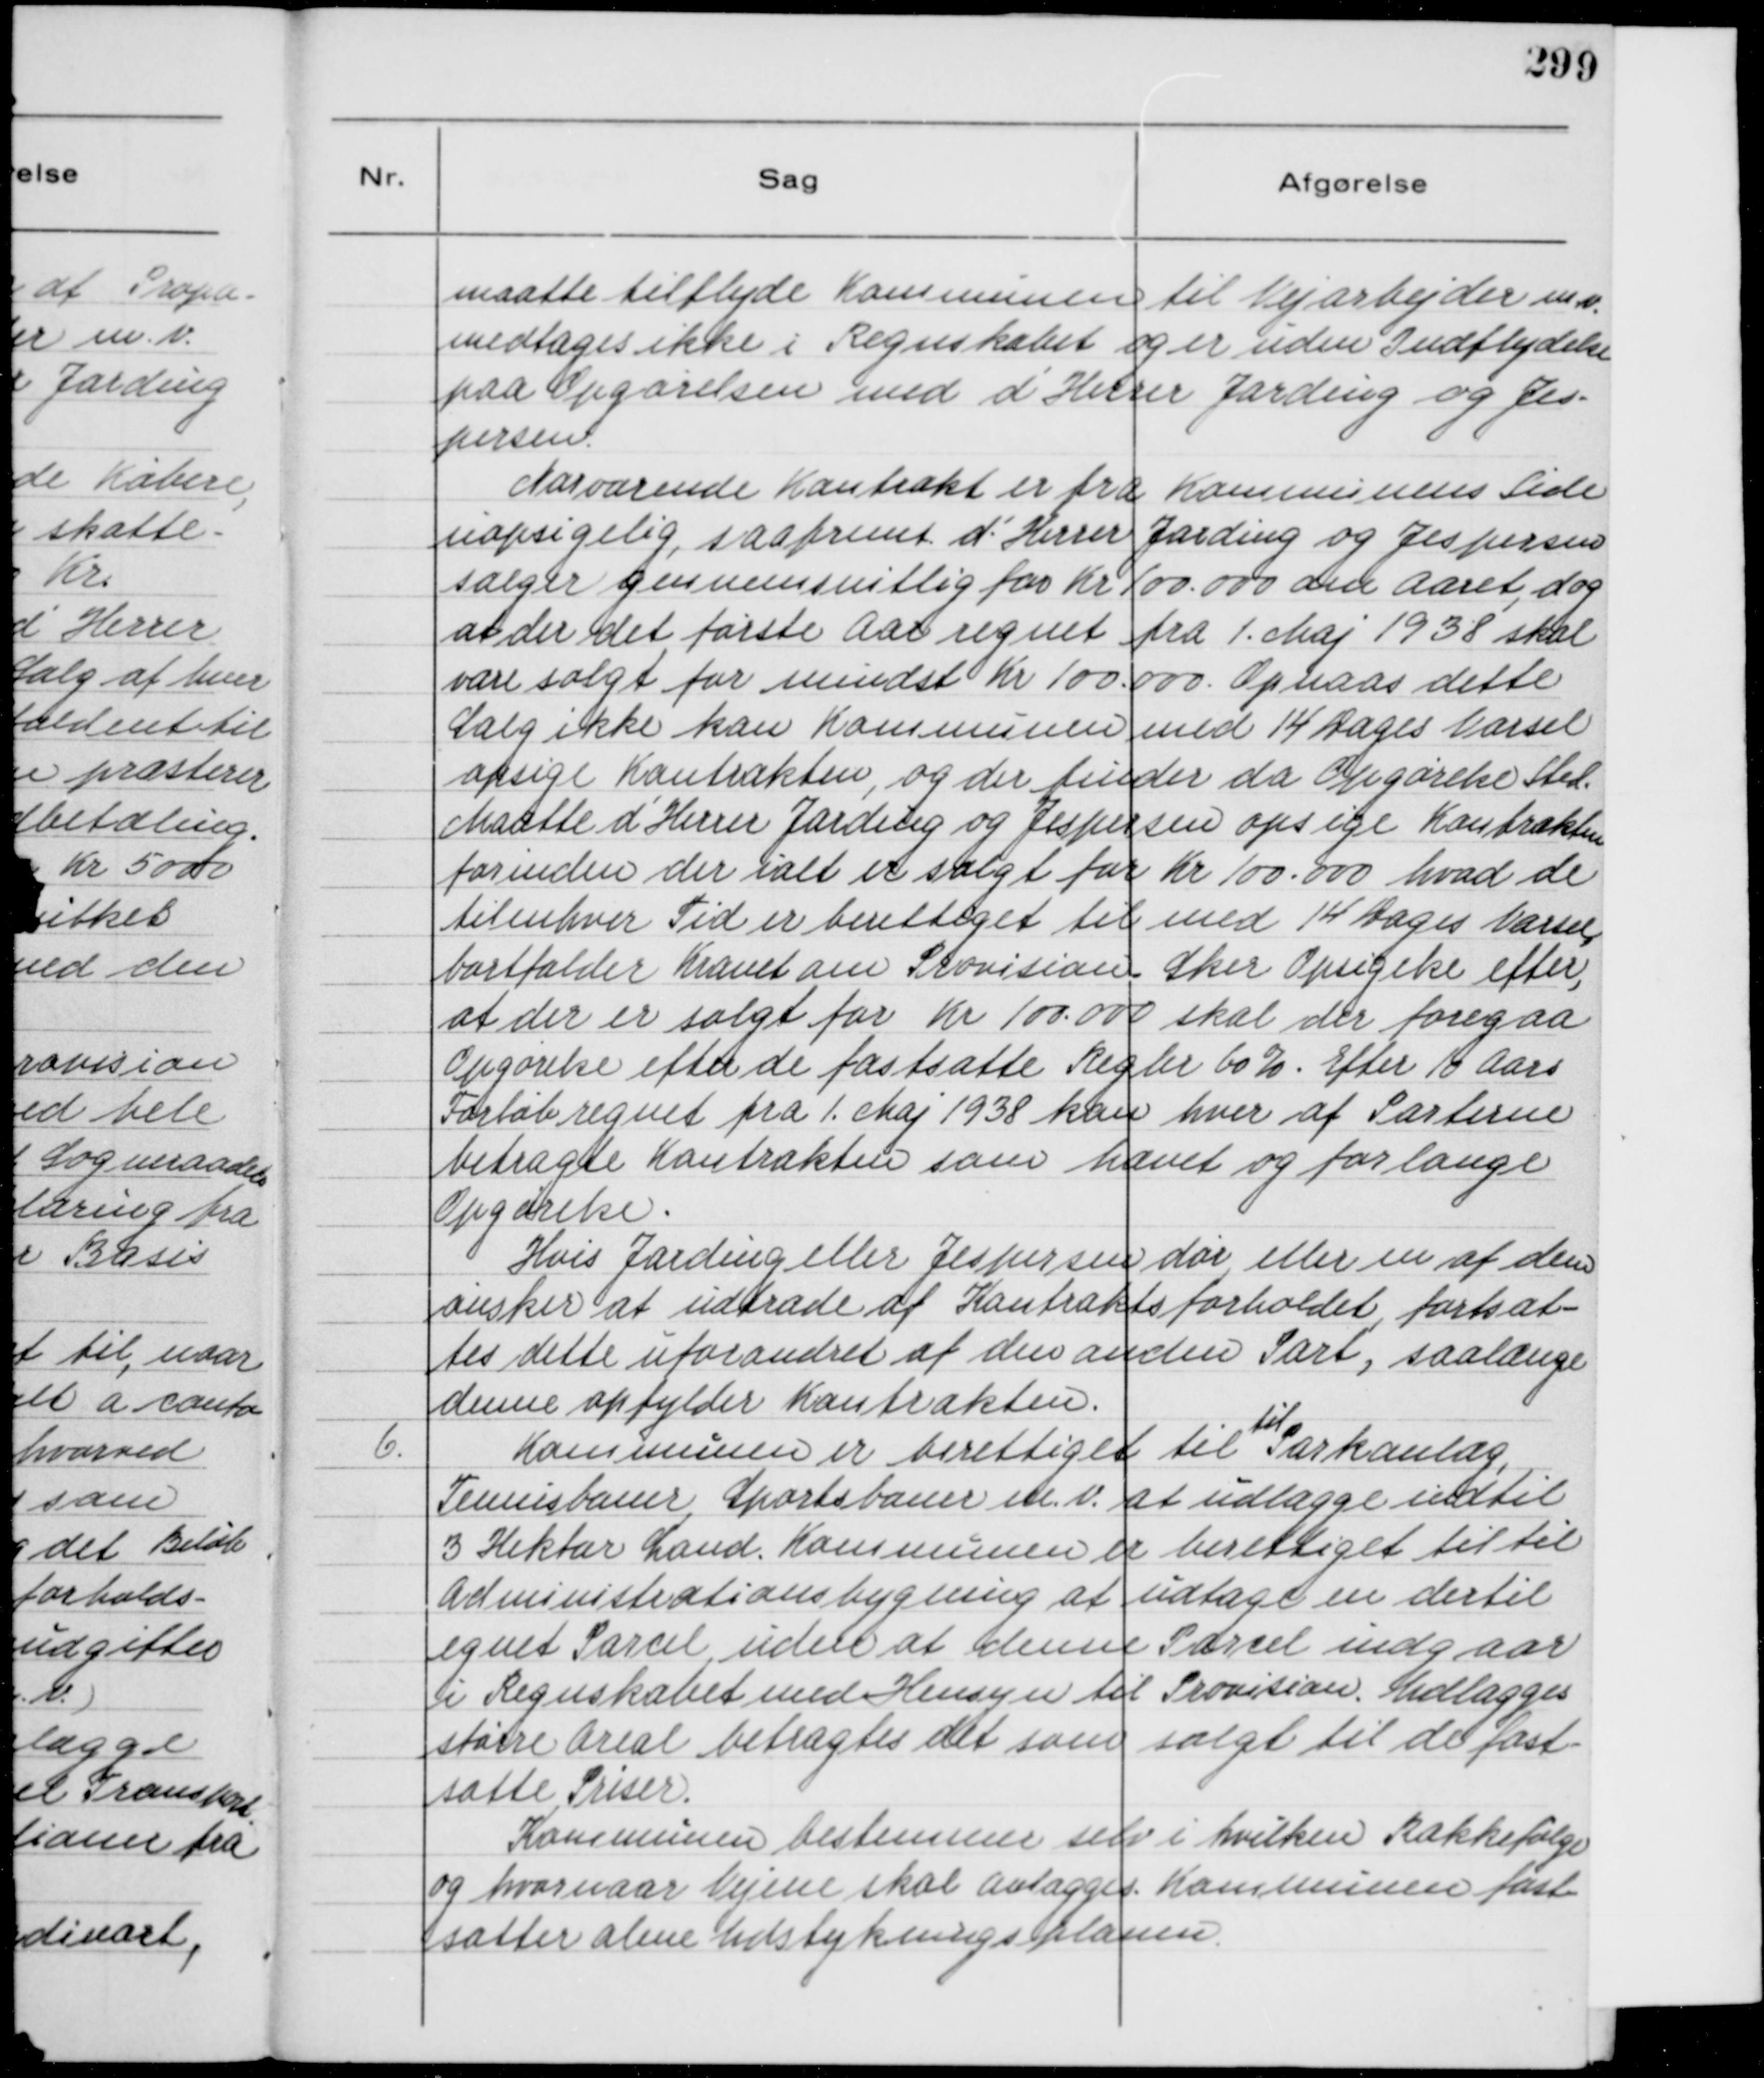
Transskription:
maatte tilflyde Kommunen til Vejabejder m.v.
medtages ikke i Regnskabet og er uden Indflydelse
paa Opgørelsen med d'Herrer Jarding og Jes-
persen.
Nærværende Kontrakt er fra Kommunens Side
uopsigelig, saafremt d'Herrer Jarding og Jespersen
sælger gennemsnitlig for Kr 100.000 om Aaret, dog
at der det første Aar regnet fra 1. Maj 1938 skal
være solgt for mindst Kr 100.000. Opnaas dette
Salg ikke kan Kommunen med 14 Dages Varsel
opsige Kontrakten, og der finder da Opgørelse Sted.
Maatte d'Herrer Jarding og Jespersen opsige Kontrakten
forinden der ialt er solgt for Kr 100.000 hvad de
til enhver Tid er berettiget til med 14 Dages Varsel,
bortfalder Kravet om Provision. Sker Opsigelse efter,
at der er solgt for Kr 100.000 skal der foregaa
Opgørelse efter de fastsatte Regler 60%. Efter 10 Aaars
Forløb regnet fra 1. Maj 1938 kan hver af Parterne
betragte Kontrakten som hævet og forlange
Opgørelse.
Hvis Jarding eller Jespersen dør eller en af dem
ønsker at udtræde af Kontraktsforholdet, fortsæt-
tes dette uforandret af den anden Part, saalænge
denne opfylder Kontrakten.
6.
Kommunen er berettiget til
til
Parkanlæg,
Tennisbaner, Sportsbaner m. v. at udlægge indtil
3 Hektar Land. Kommunen er berettiget til til
Administrationsbygning at udtage en dertil
egnet Parcel uden at denne Parcel indgaar
i Regnskabet med Hensyn til Provision. Udlægges
større Areal betragtes det som solgt tll de fast-
satte Priser.
Kommunen bestemmer selv i hvilken Rækkefølge
og hvornaar Vejene skal anlægges Kommunen fast-
sætter alene Udstykningsplanen.